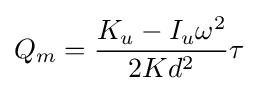
Q_{m}={\frac {K_{u}-I_{u}\omega ^{2}}{2Kd^{2}}}\tau